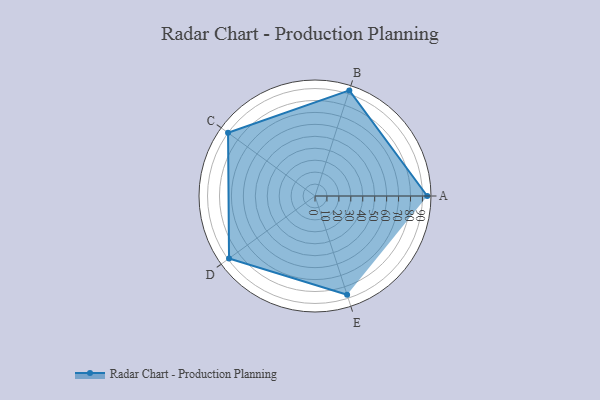
{"axis": {"x": "Skill", "y": "Score"}, "legend": ["Profile"], "data": [{"x": "A", "y": 94.0, "type": "Profile"}, {"x": "B", "y": 93.0, "type": "Profile"}, {"x": "C", "y": 90.0, "type": "Profile"}, {"x": "D", "y": 89.0, "type": "Profile"}, {"x": "E", "y": 87.0, "type": "Profile"}]}